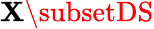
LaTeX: \mathbf{X}\subsetDS